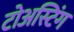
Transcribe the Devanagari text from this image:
टोअस्टिंग